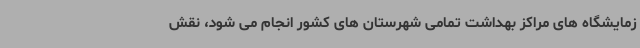
زمایشگاه های مراکز بهداشت تمامی شهرستان های کشور انجام می شود، نقش